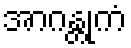
အာဂန္တုကံ